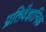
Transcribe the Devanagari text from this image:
प्रतिवैज्ञानिक